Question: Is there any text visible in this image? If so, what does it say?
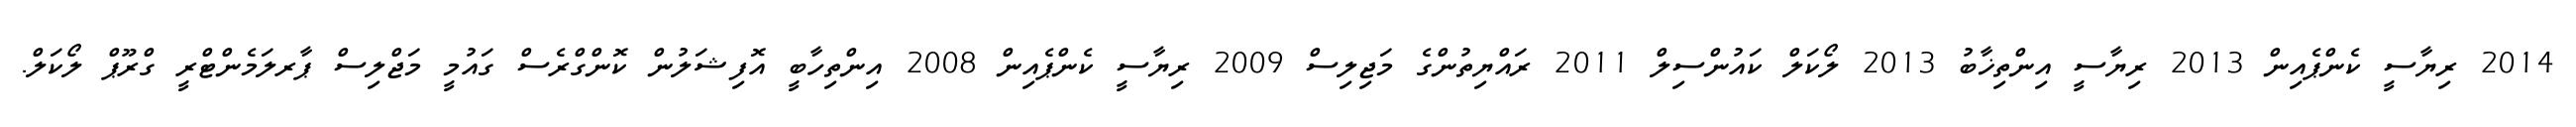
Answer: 2014 ރިޔާސީ ކެންޕެއިން 2013 ރިޔާސީ އިންތިޚާބު 2013 ލޯކަލް ކައުންސިލް 2011 ރައްޔިތުންގެ މަޖިލިސް 2009 ރިޔާސީ ކެންޕެއިން 2008 އިންތިހާބީ އޮފިޝަލުން ކޮންގްރެސް ގައުމީ މަޖްލިސް ޕާރލަމެންޓްރީ ގްރޫޕް ލޯކަލް.